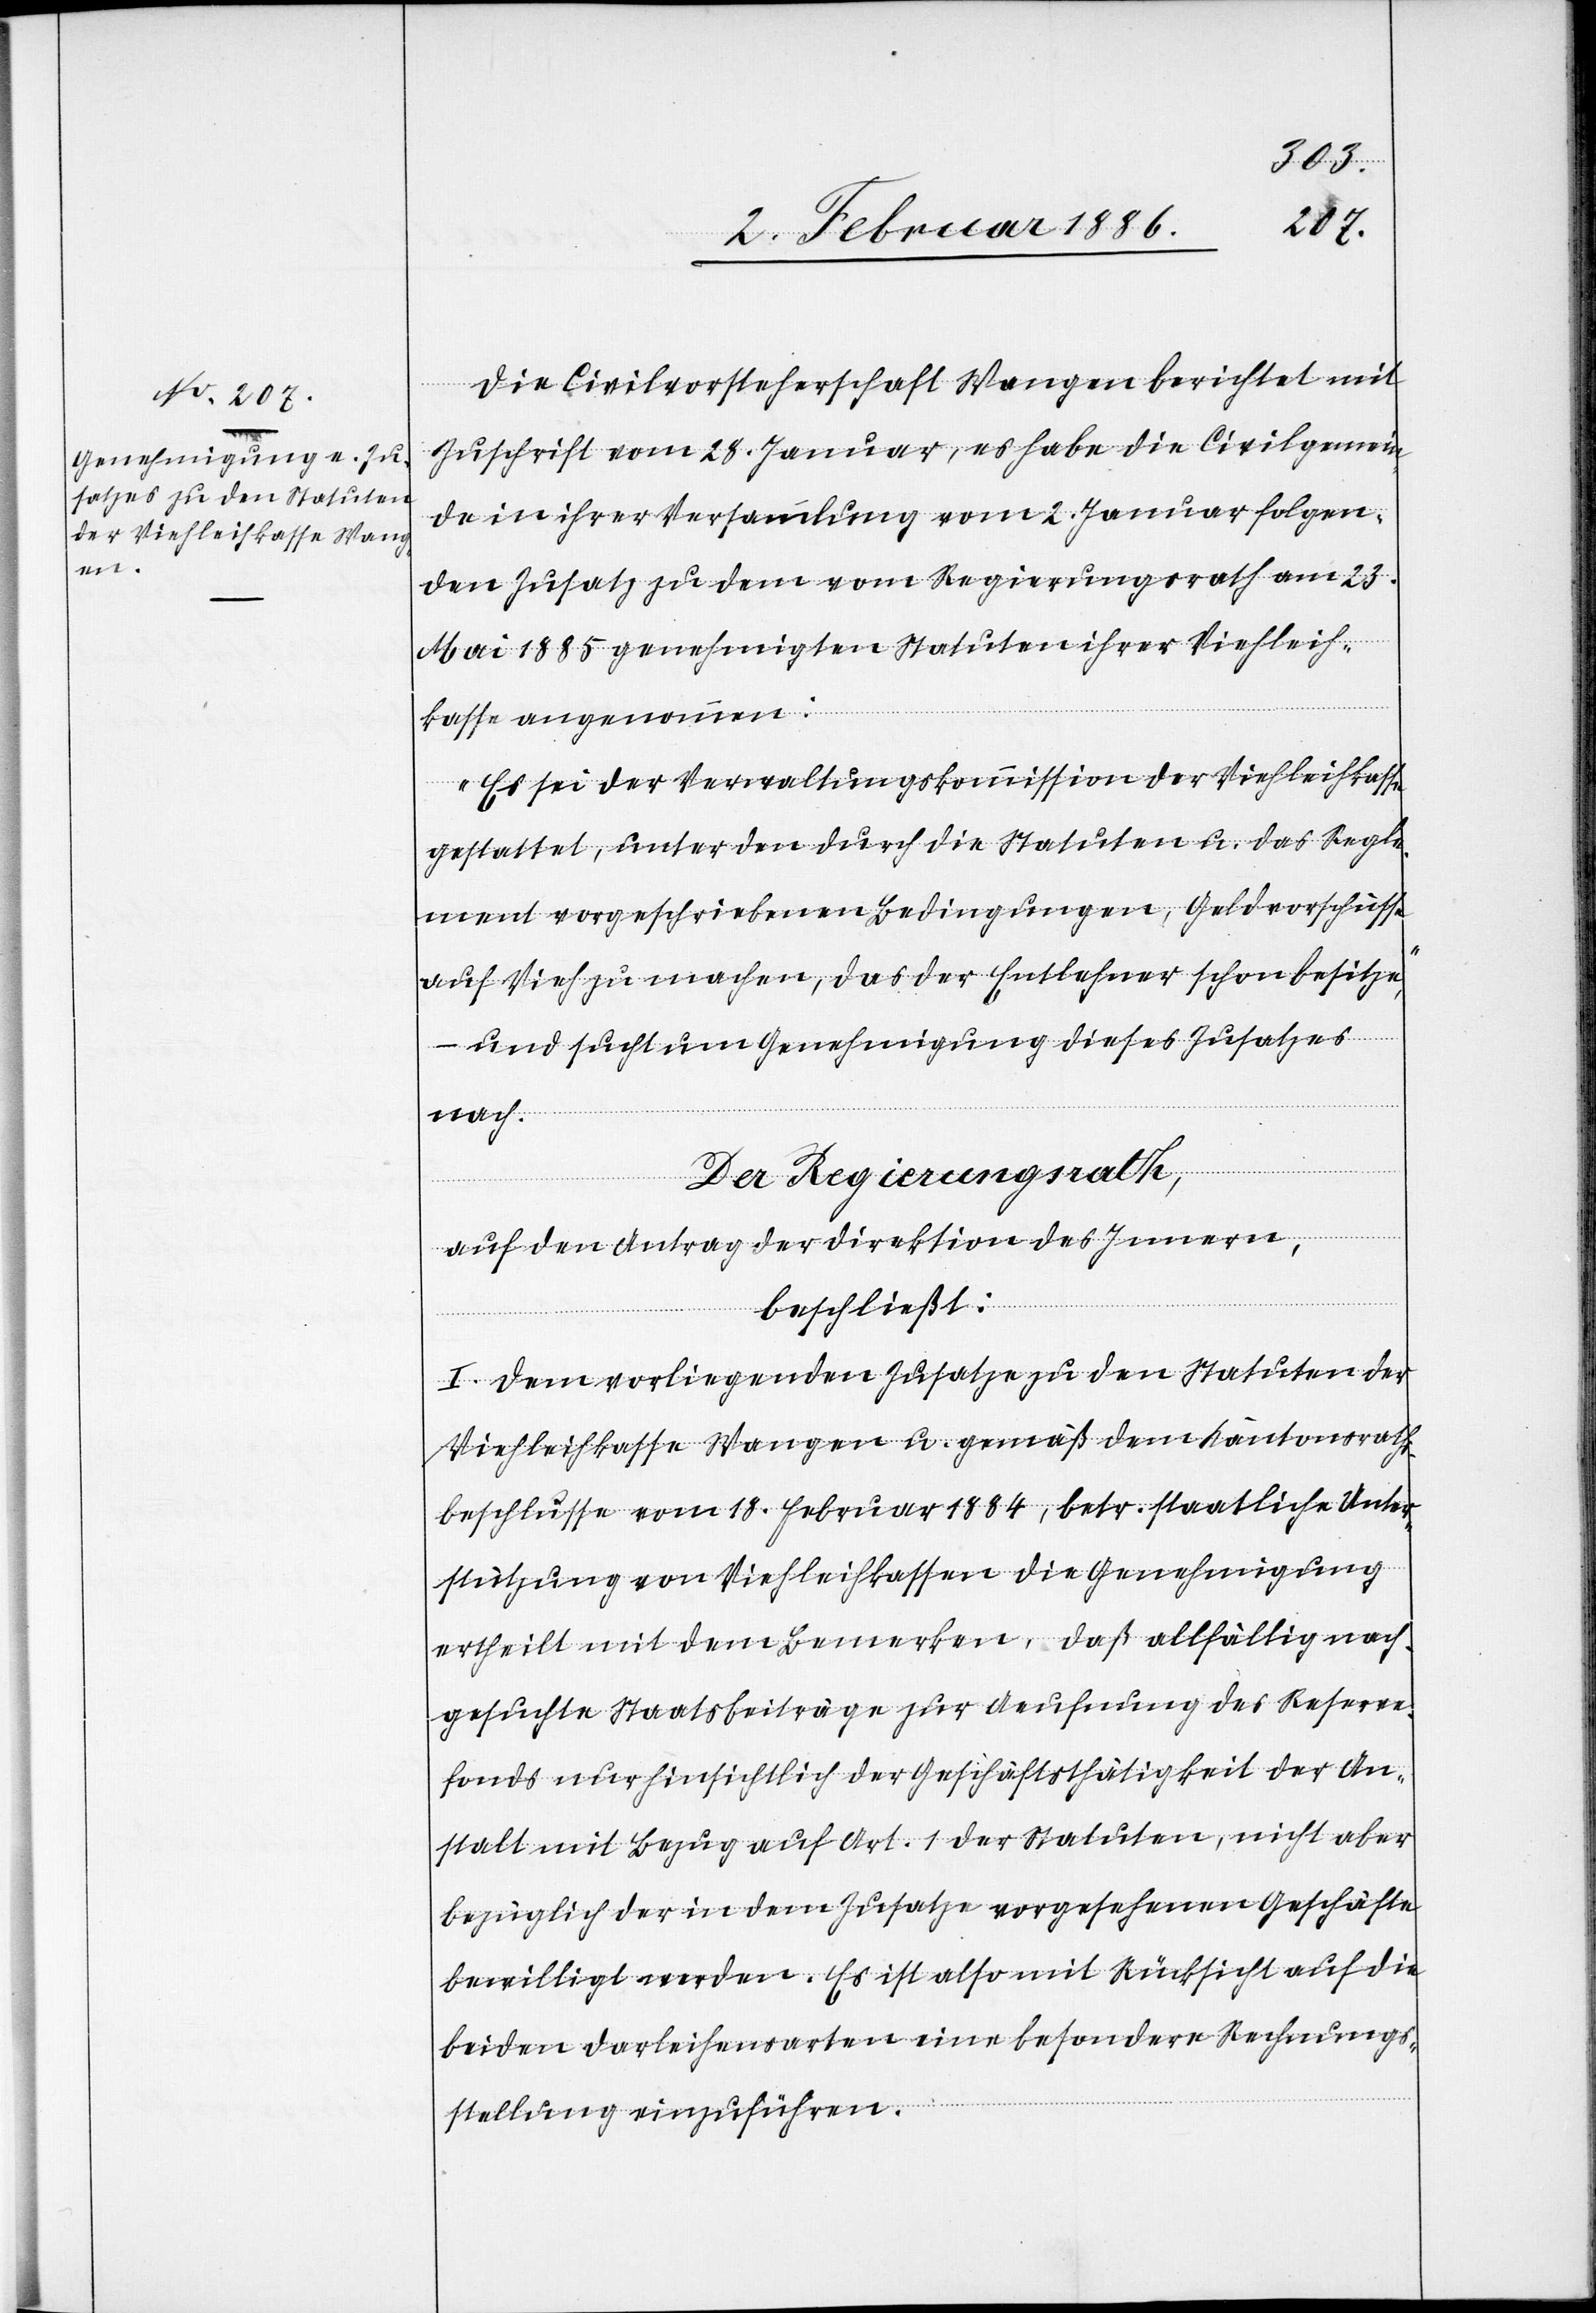
Die Civilvorsteherschaft Wangen berichtet mit
Zuschrift vom 28. Januar, es habe die Civilgemein¬
de in ihrer Versammlung vom 2. Januar folgen¬
den Zusatz zu den vom Regierungsrath am 23.
Mai 1885 genehmigten Statuten ihrer Viehleih¬
kasse angenommen:
„Es sei der Verwaltungskomission der Viehleihkasse
gestattet, unter den durch die Statuten u. das Regle¬
ment vorgeschriebenen Bedingungen, Geldvorschüsse
auf Vieh zu machen, das der Entlehner schon besitze“,
– und sucht um Genehmigung dieses Zusatzes
nach.
Der Regierungsrath,
auf den Antrag der Direktion des Innern,
beschließt:
I. Dem vorliegenden Zusatze wird zu den Statuten der
Viehleihkasse Wangen u. gemäß dem Kantonsraths¬
beschlusse vom 18. Februar 1884, betr. staatliche Unter¬
stützung von Viehleihkassen die Genehmigung
ertheilt mit dem Bemerken, daß allfällig nach¬
gesuchte Staatsbeiträge zur Aeufnung des Reserve¬
fonds nur hinsichtlich der Geschäftstätigkeit der An¬
stalt mit Bezug auf Art. 1 der Statuten, nicht aber
bezüglich der in dem Zusatze vorgesehenen Geschäfte
bewilligt werden. Es ist also mit Rücksicht auf die
beiden Darleihensarten eine besondere Rechnungs¬
stellung einzuführen.